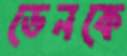
ডেনকে